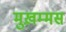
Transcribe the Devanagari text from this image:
मुख़म्मस